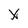
Character: X